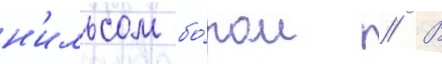
н'ильсом бо́ром // В